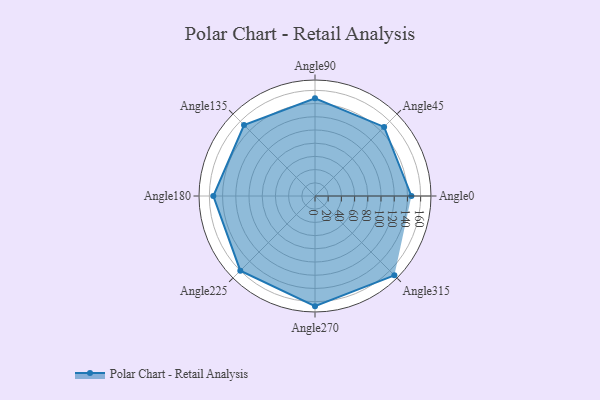
{"axis": {"x": "Angle", "y": "Radius"}, "legend": [""], "data": [{"x": "Angle0", "y": 146.0, "type": ""}, {"x": "Angle45", "y": 148.0, "type": ""}, {"x": "Angle90", "y": 148.0, "type": ""}, {"x": "Angle135", "y": 152.0, "type": ""}, {"x": "Angle180", "y": 154.0, "type": ""}, {"x": "Angle225", "y": 160.0, "type": ""}, {"x": "Angle270", "y": 167.0, "type": ""}, {"x": "Angle315", "y": 170, "type": ""}]}